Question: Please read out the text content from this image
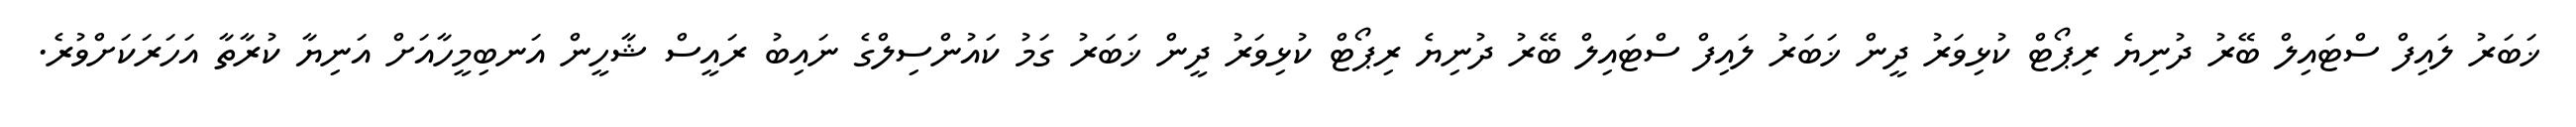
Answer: ޚަބަރު ލައިފް ސްޓައިލް ބޭރު ދުނިޔެ ރިޕޯޓް ކުޅިވަރު ދީން ޚަބަރު ލައިފް ސްޓައިލް ބޭރު ދުނިޔެ ރިޕޯޓް ކުޅިވަރު ދީން ޚަބަރު ގަމު ކައުންސިލްގެ ނައިބު ރައީސް ޝާހީން އަނބިމީހާއަށް އަނިޔާ ކުރާތާ އަހަރަކަށްވުރެ.